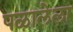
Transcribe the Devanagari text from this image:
पळालेला